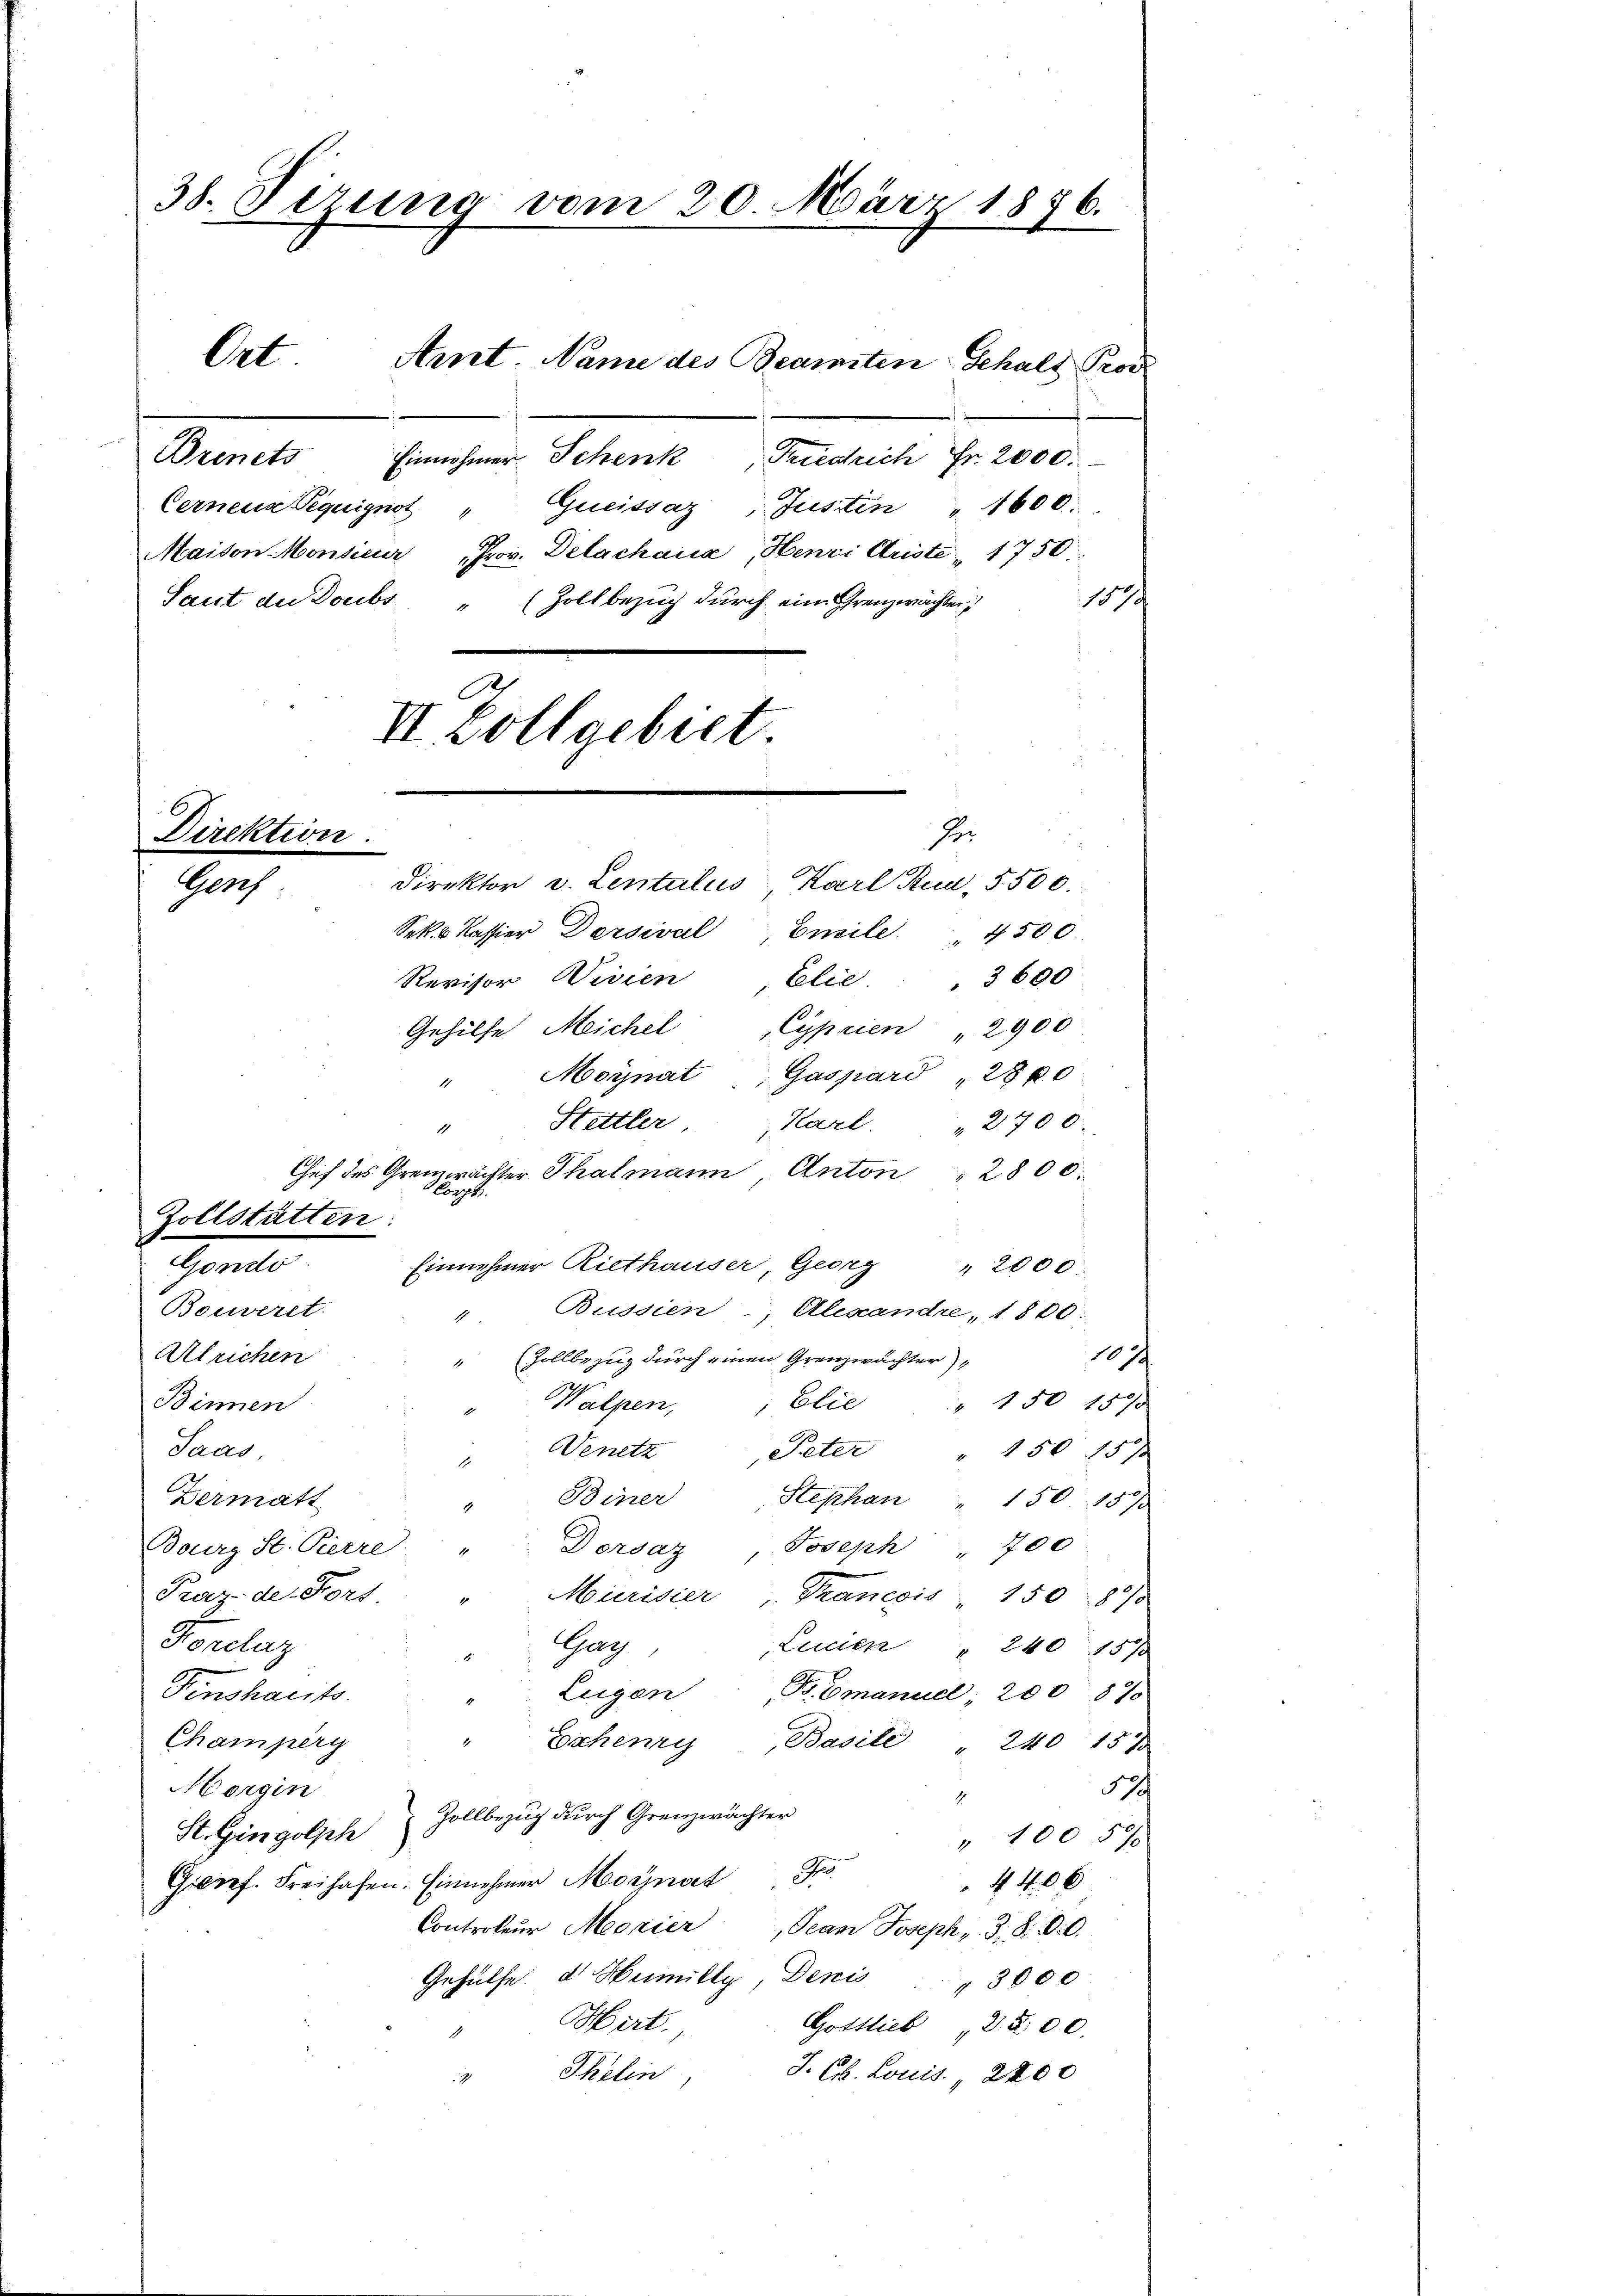
38. Sizung vom 20. März 1876.
Ort. Amt Name des Beamten Gehalt Proz

Direktion.
Direktor v. Lentalis, Karl Rua, 5500.
Gef

Brinets Einnehmer Schenk Friedlich Fr. 2000.
Greissaz
Cerneue Requignot
Justin " 1600.
Maison Monsieur Prov. Delachana, Henri Ariste 1750
Saut de Doubs " (Zollbezug durch eine Grenzwächter,
1579
A.
II Vollgebiet.

He

Sek. Kassier Dersival, Ensile 4500
Revisor Wissen, Elie 3600
Gehilfe Meichel Cyprien 2900
Moynat, Gaspard "28 00
4
Stettler.
Karl " 2700.
d
Chef des Gremwächter Thalmann Anton " 2800.
lorph
Zollstätten
Aperte
Einnehmer Riethauser, Georg " 2000.
Busdien
Boeweret.
Alexandre, 1800.
4
Alrichen
1079
“ (Zollbezug durch einen Grenzwächter
Walpen,
Elie " 150 157
Binnen
Denetz
Saas
Peter " 150 157
1
Beiner Stephan " 150. 1575
Dermatt
1
Dorsaz, Joseph " 700
Bourg St. Pierre
Praz de Fort. " Mürisier „Francois" 150 890
Forclaz
Lacien " 240 1570
"Gag
Eugen
B. Emanuel, 200 870
Finshaeits.
Champerg
Eschenry
Basil " 240 157
5
Morgin
4
Zollbezug durch Grenzwächter
St. Gingolph
" 100 57
No
Gref. Freihafen. Einnehmer Monat
4 406
Controleur Morier
, Jean Joseph, S. 800.
Gehülfe d Heimilly, Denis " 3000
Mirt.
Gottlieb d. 500.
"Thelin, J. Ch. Louis. 2200